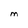
Character: M